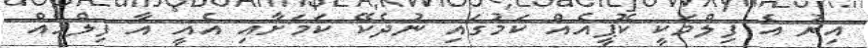
އިރު އެ ފިލްމަކީ ކޮޕީއެއް ކަމުގައި ނުދެކޭ ކަމަށާއި އެއީ އާ ފިލްމެއް